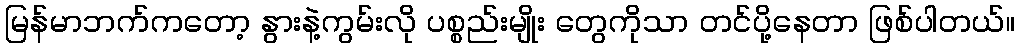
မြန်မာဘက်ကတော့ နွားနဲ့ကွမ်းလို ပစ္စည်းမျိုး တွေကိုသာ တင်ပို့နေတာ ဖြစ်ပါတယ်။